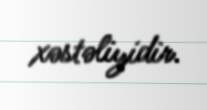
xəstəliyidir.